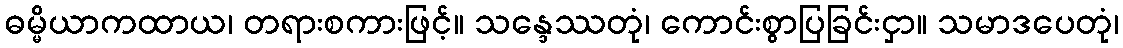
ဓမ္မိယာကထာယ၊ တရားစကားဖြင့်။ သန္ဒေဿတုံ၊ ကောင်းစွာပြခြင်းငှာ။ သမာဒပေတုံ၊